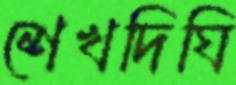
শেখদিঘি